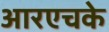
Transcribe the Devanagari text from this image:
आरएचके